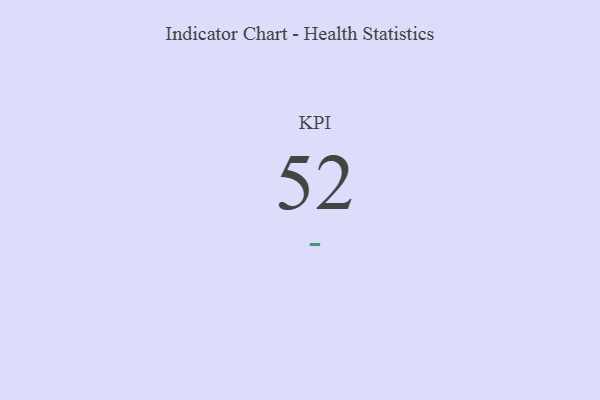
{"axis": {"x": "KPI", "y": "Value"}, "legend": [""], "data": [{"x": "KPI", "y": 52, "type": ""}]}